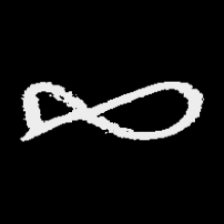
Pyu character \u2014 Myanmar letter: ဆ (romanized: cha)